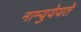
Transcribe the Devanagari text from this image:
नाम्युयेयते